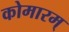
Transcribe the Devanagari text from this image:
कोमारम्